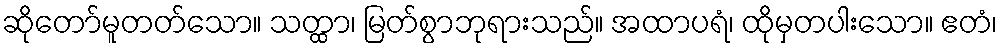
ဆိုတော်မူတတ်သော။ သတ္ထာ၊ မြတ်စွာဘုရားသည်။ အထာပရံ၊ ထိုမှတပါးသော။ ဧတံ၊